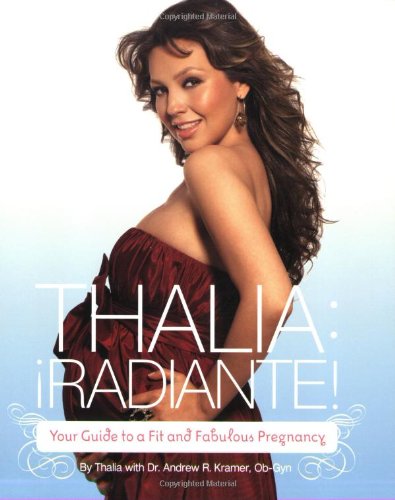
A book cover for Thalia Radiante: The Ultimate Guide to a Fit and Fabulous Pregnancy; Thalia; Health, Fitness & Dieting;